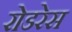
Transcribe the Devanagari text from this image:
रोडरेस